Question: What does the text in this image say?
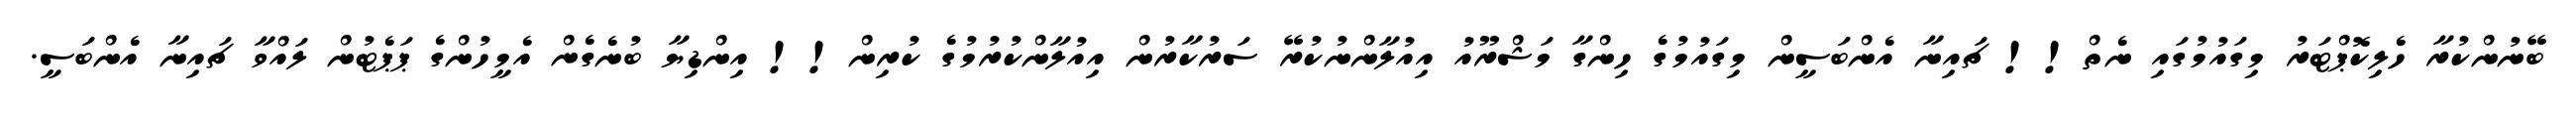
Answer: ބޭނުންކުރާ ހެލިކޮޕްޓަރު މިގައުމުގައި ނެތް!! ޗައިނާ އެންބަސީން މިގައުމުގެ ހިންގާ މަޝްރޫއު އިއުލާންނުކުރޭ ސަރުކާރުން އިއުލާންކުރުމުގެ ކުރިން!! އިންޑިޔާ ބުނެގެން އެމީހުންގެ ޕަޕެޓުން ލައްވާ ޗައިނާ އެންބަސީ.